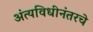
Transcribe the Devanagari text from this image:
अंत्यविधीनंतरचे